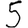
Digit: 5